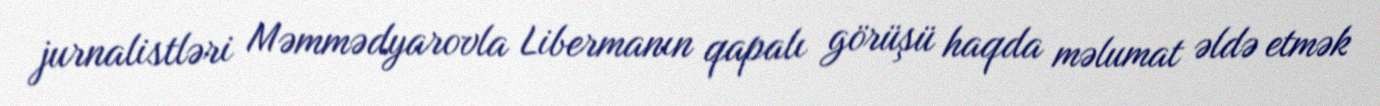
jurnalistləri Məmmədyarovla Libermanın qapalı görüşü haqda məlumat əldə etmək